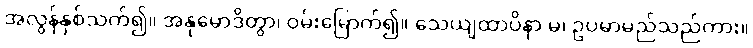
အလွန်နှစ်သက်၍။ အနုမောဒိတွာ၊ ဝမ်းမြောက်၍။ သေယျထာပိနာ မ၊ ဥပမာမည်သည်ကား။